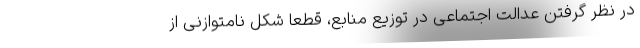
در نظر گرفتن عدالت اجتماعی در توزیع منابع، قطعا شکل نامتوازنی از